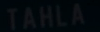
TAHLA